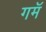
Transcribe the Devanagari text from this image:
गमॅ